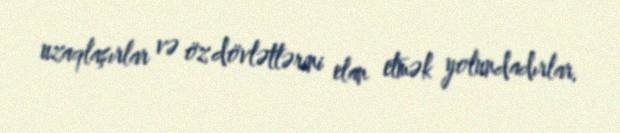
uzaqlaşırlar və öz dövlətlərini elan etmək yolundadırlar.